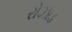
રોઝાડ